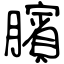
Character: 臏